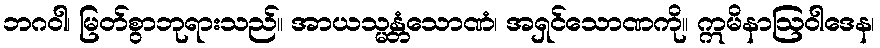
ဘဂဝါ၊ မြတ်စွာဘုရားသည်။ အာယသ္မန္တံသောဏံ၊ အရှင်သောဏကို။ ဣမိနာဩဝါဒေန၊